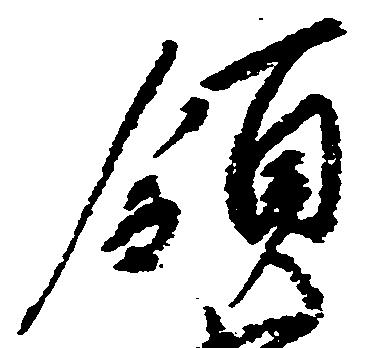
領